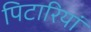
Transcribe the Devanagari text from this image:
पिटारियां